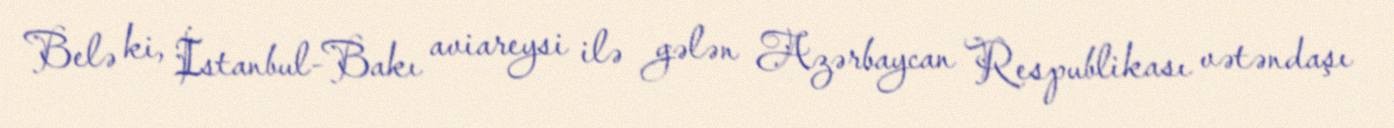
Belə ki, İstanbul-Bakı aviareysi ilə gələn Azərbaycan Respublikası vətəndaşı